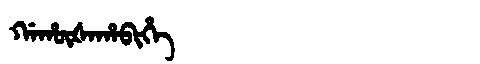
Manchu: ᡤᠠᡥᡡᡧᠠᡥᠠᠪᡳᡥᡝ
Romanization: GAHŪŠAHABIHE